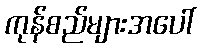
ကုန်စည်များအပေါ်